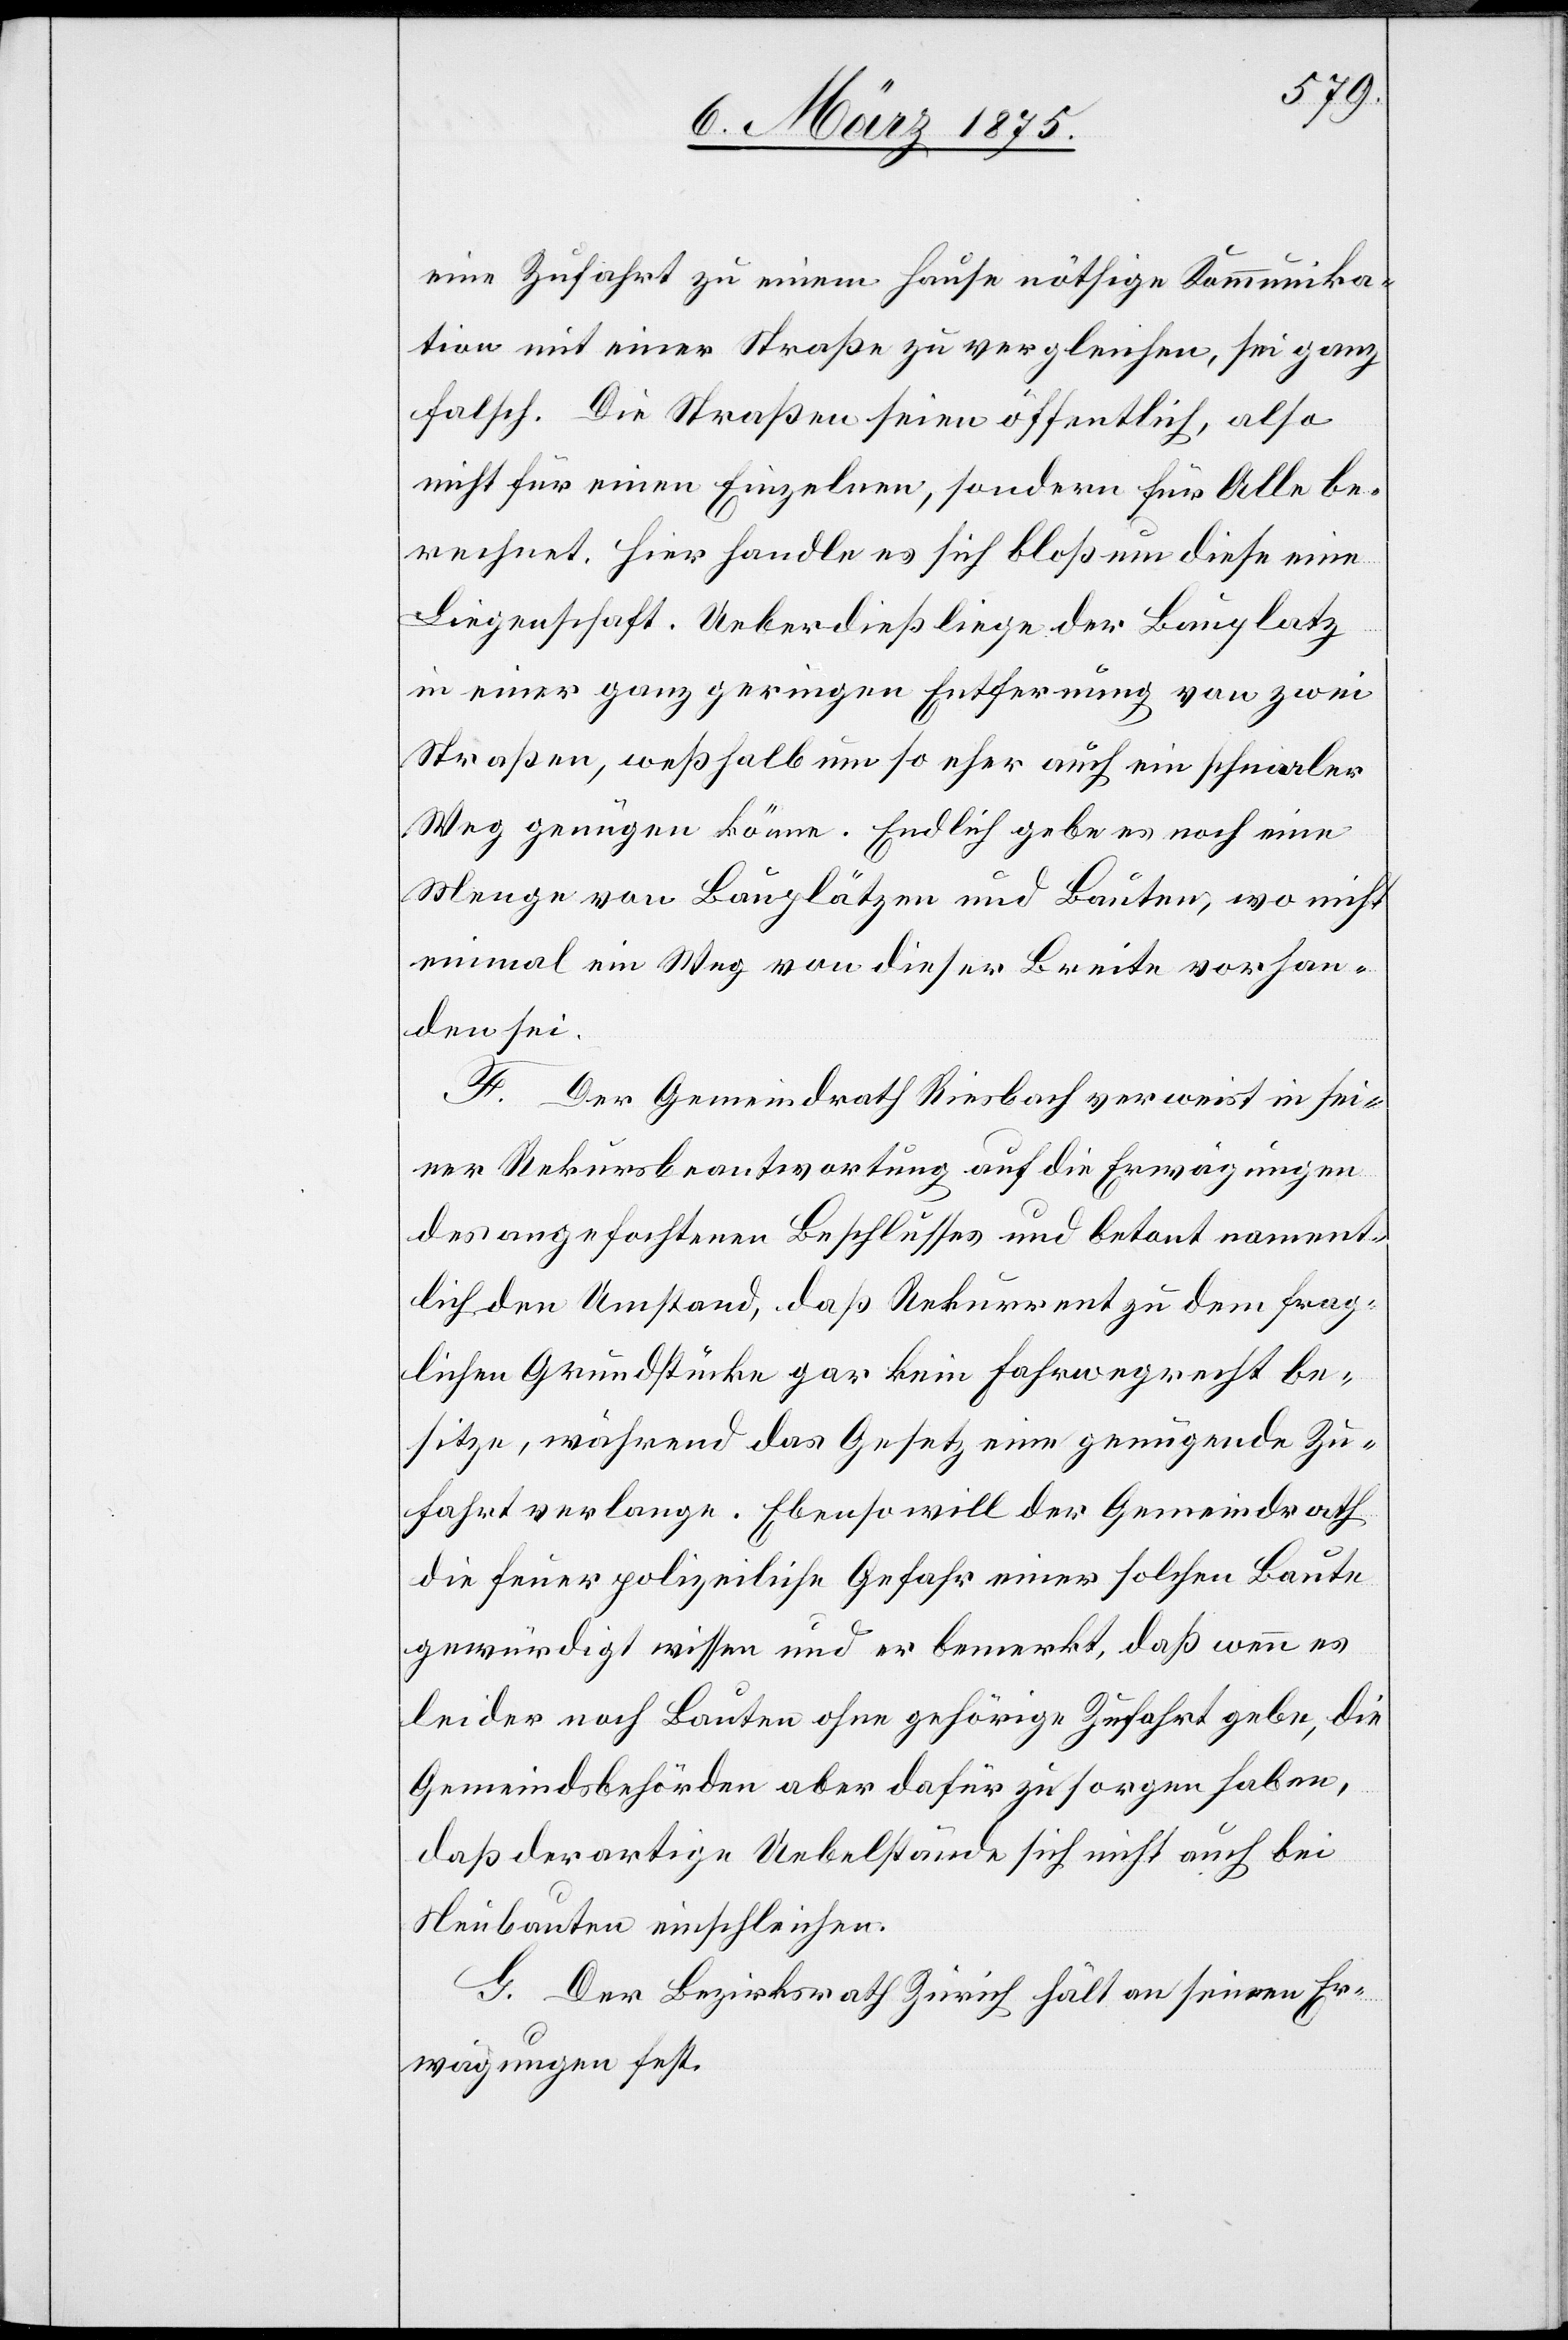
eine Zufahrt zu einem Hause nöthige Kommunika¬
tion mit einer Straße zu vergleichen, sei ganz
falsch. Die Straßen seien öffentlich, also
nicht für einen Einzelnen, sondern für Alle be¬
rechnet. Hier handle es sich bloß um diese eine
Liegenschaft. Ueberdieß liege der Bauplatz
in einer ganz geringen Entfernung von zwei
Straßen, weßhalb um so eher auch ein schmaler
Weg genügen könne. Endlich gebe es noch eine
Menge von Bauplätzen und Bauten, wo nicht
einmal ein Weg von dieser Breite vorhan¬
den sei.
F. Der Gemeindrath Riesbach verweist in sei¬
ner Rekursbeantwortung auf die Erwägungen
des angefochtenen Beschlusses und betont nament¬
lich den Umstand, daß Rekurrent zu dem frag¬
lichen Grundstücke gar kein Fahrwegrecht be¬
sitze, während das Gesetz eine genügende Zu¬
fahrt verlange. Ebenso will der Gemeindrath
die feuerpolizeiliche Gefahr einer solchen Baute
gewürdigt wissen und er bemerkt, daß wenn es
leider noch Bauten ohne gehörige Zufahrt, die
Gemeindsbehörden aber dafür zu sorgen haben,
daß derartige Uebelstände sich nicht auch bei
Neubauten einschleichen.
G. Der Bezirksrath Zürich hält an seinen Er¬
wägungen fest.